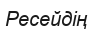
Ресейдің